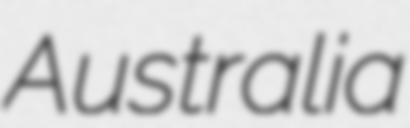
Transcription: Australia